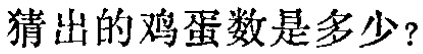
猜出的鸡蛋数是多少？